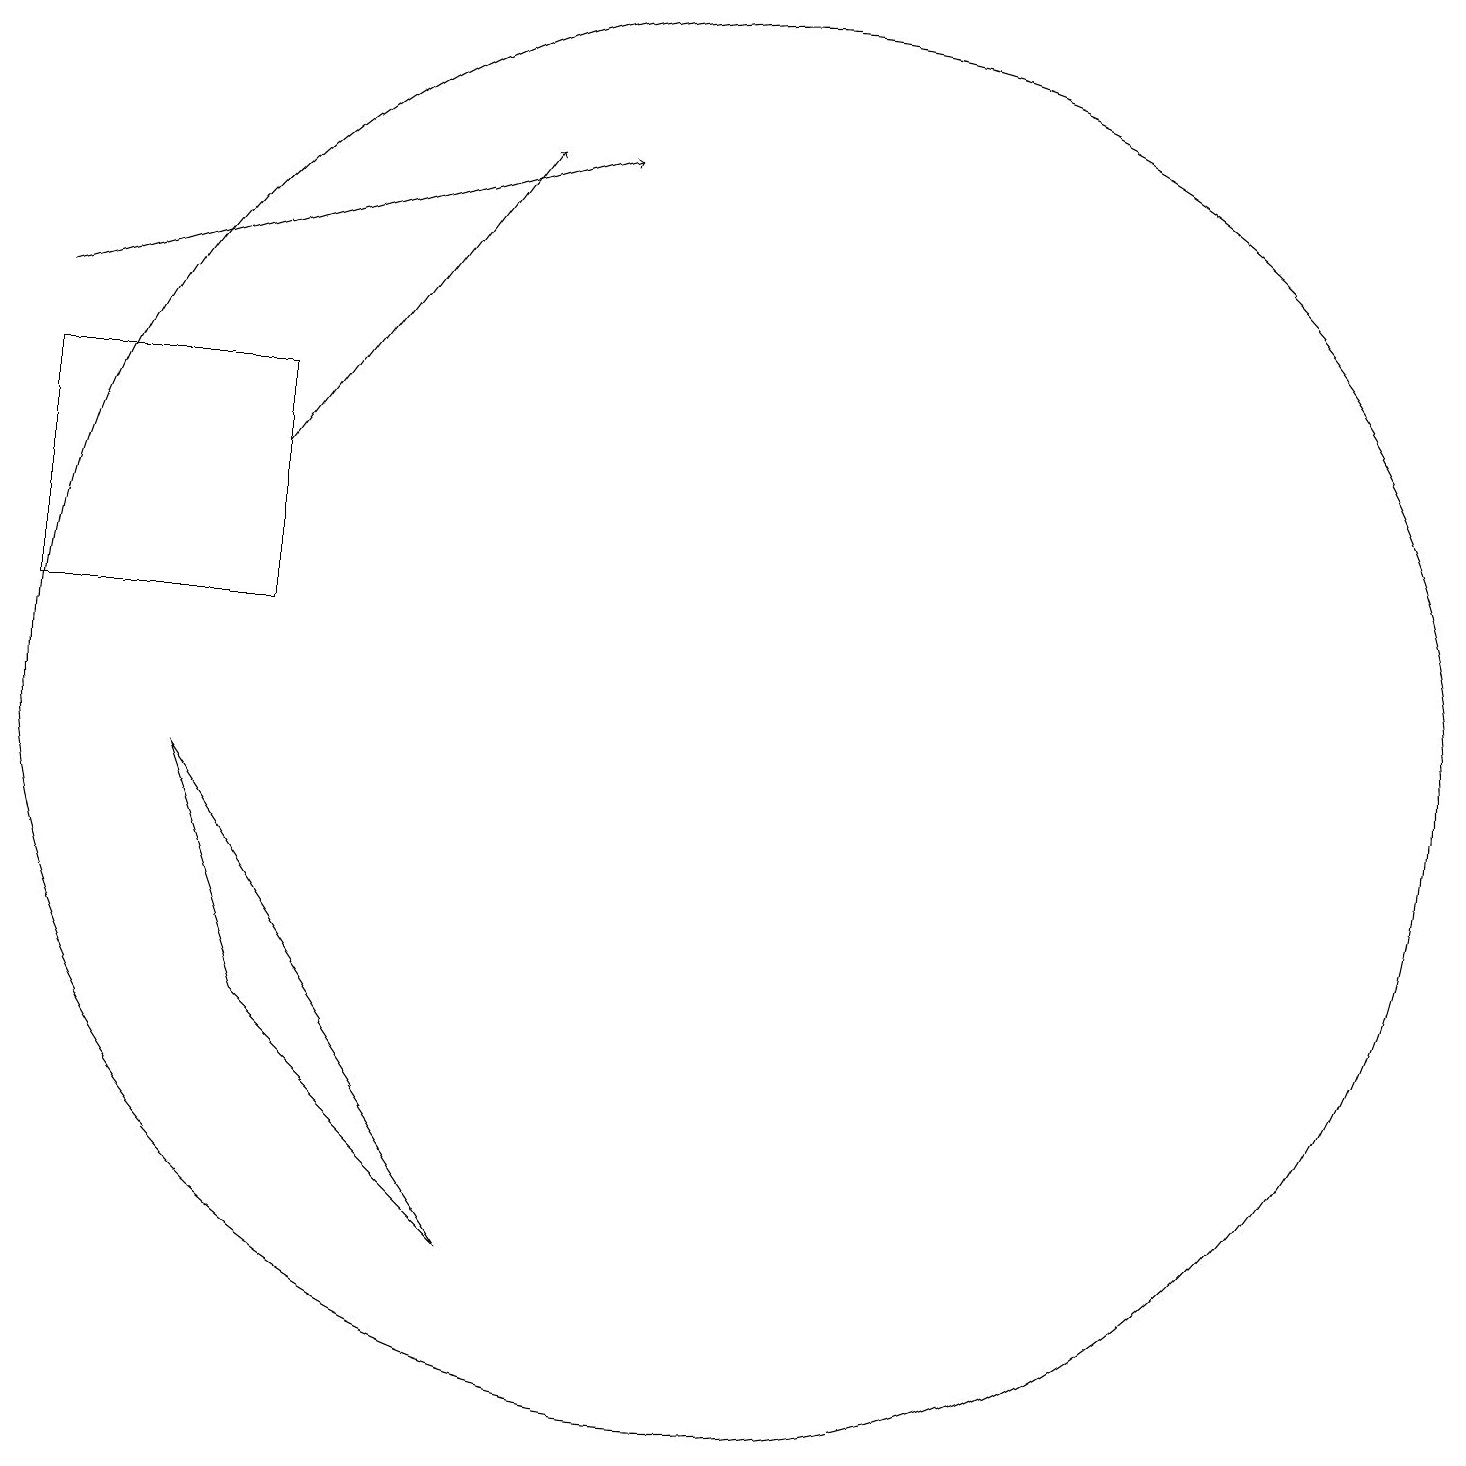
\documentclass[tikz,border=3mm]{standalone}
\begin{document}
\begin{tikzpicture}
\draw (10,10) circle (9);
\draw[->] (1,15) -- (8,17);
\draw (3,9) -- (7,3) -- (4,6) -- cycle;
\draw (1,14) rectangle (4,11);
\draw[->] (4,13) -- (7,17);
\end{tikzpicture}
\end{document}